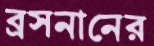
ব্রসনানের